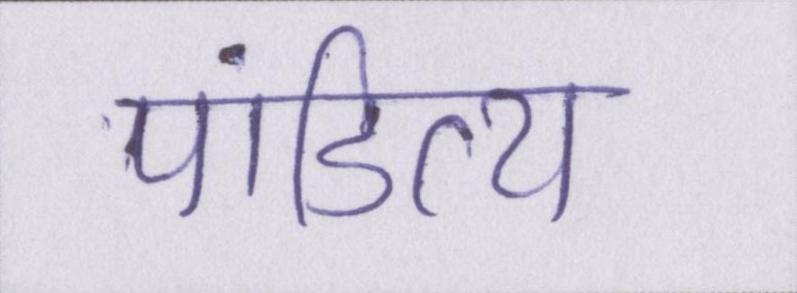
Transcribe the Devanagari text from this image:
पांडित्य